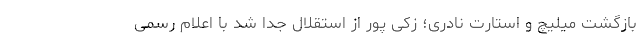
بازگشت میلیچ و استارت نادری؛ زکی پور از استقلال جدا شد با اعلام رسمی